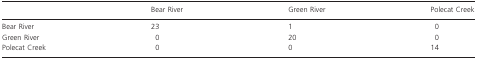
|  | Bear River | Green River | Polecat Creek |
 | --- | --- | --- | --- |
 | Bear River | 23 | 1 | 0 |
 | Green River | 0 | 20 | 0 |
 | Polecat Creek | 0 | 0 | 14 |